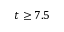
t \geq 7 . 5